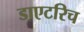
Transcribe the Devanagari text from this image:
डाएटरिच